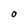
Character: 0